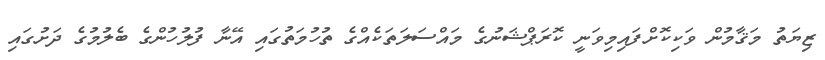
ޒިޔަތު މަޤާމުން ވަކިކޮށްފައިމިވަނީ ކޮރަޕްޝަނުގެ މައްސަލަތަކެއްގެ ތުހުމަތުގައި އޭނާ ފުލުހުންގެ ބެލުމުގެ ދަށުގައި